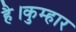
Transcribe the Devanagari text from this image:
है।कुम्हार